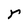
Character: r